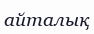
айталық